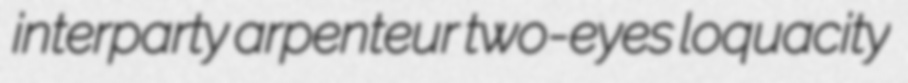
interparty arpenteur two-eyes loquacity